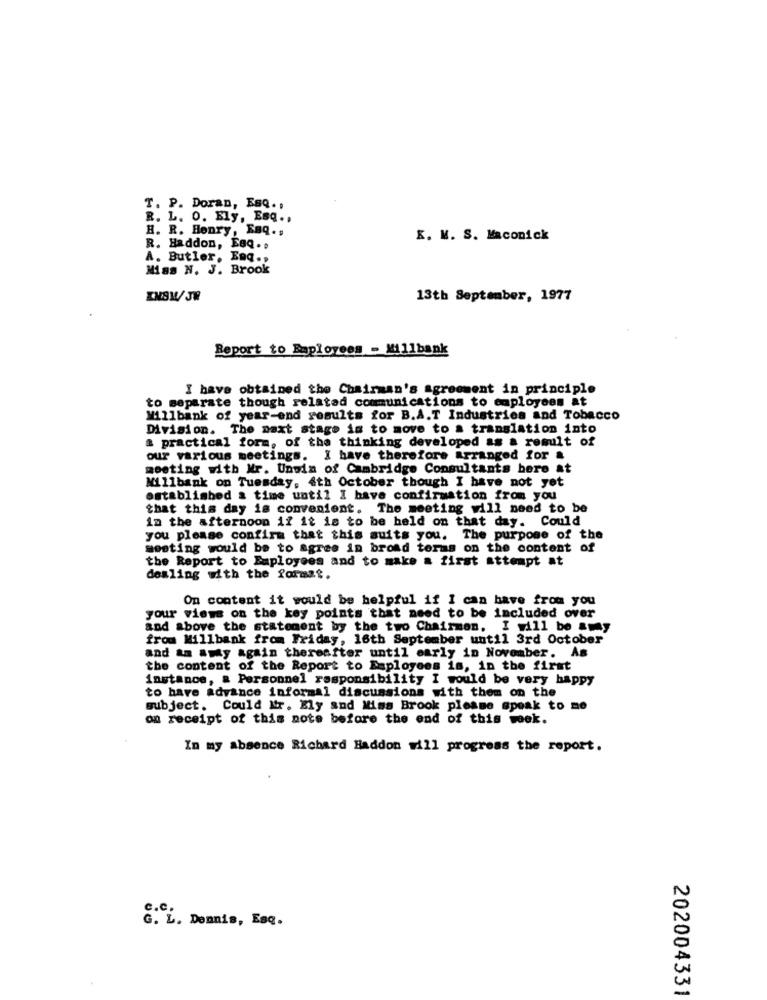
T. P. Doran, Esq. ,
R. L. O. Bly, Esq ..
H. R. Henry, Esq. ,
K. M. S. Maconick
R. Haddon, EGQ. .
A. Butler, Enq .,
Miss N. J. Brook
INSW/JW
13th September, 1977
Report to Baplovees - Millbank
I have obtained the Chairman's agreement in principle
to separate though related communications to employees at
Willbank of year-end results for B.A.T Industries and Tobacco
Division. The next stage is to move to a translation into
a practical form, of the thinking developed as a result of
our various meetings. I have therefore arranged for &
meeting with Mr. Unoin of Cambridge Consultants bere at
Millbank on Tuesday, 4th October though I have not yet
established a time until I have confirmation from you
that this day is convenient. The meeting will need to be
in the afternoon if it is to be held on that day. Could
you please confirm that this suits you. The purpose of the
meeting would be to agree in broad terms on the content of
the Report to Employees and to make a first attempt at
dealing with the format.
On content it would be helpful if I can have from you
your views on the key points that need to be included over
and above the statement by the two Chairmon. I will be atAy
from Millbank from Friday, 16th September until 3rd October
and am amy again thereafter until early in November. As
the content of the Report to Employees is, in the first
instance, a Personnel responsibility I would be very happy
to have advance informal discussions with them on the
subject. Could Mr. Ely and Miss Brook please speak to me
on receipt of this note before the end of this week.
In my absence Richard Haddon till progress the report.
c.C.
G. L. Dennis, Esq.
202004331